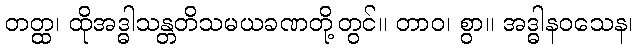
တတ္ထ၊ ထိုအဒ္ဓါသန္တတိသမယခဏတို့တွင်။ တာဝ၊ စွာ။ အဒ္ဓါနဝသေန၊